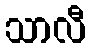
သာလီ